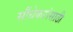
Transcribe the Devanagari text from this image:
सौंधेकरांसाठी